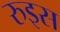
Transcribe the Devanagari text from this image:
रुइस